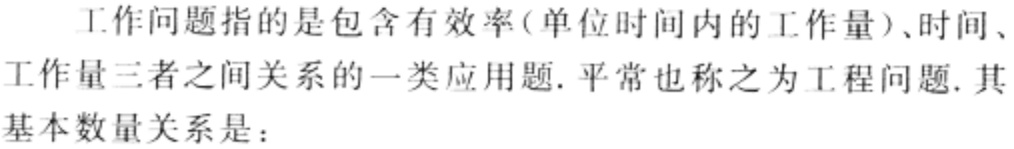
工作问题指的是包含有效率(单位时间内的工作量)、时间、工作量三者之间关系的一类应用题.平常也称之为工程问题.其基本数量关系是：